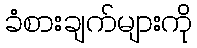
ခံစားချက်များကို